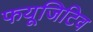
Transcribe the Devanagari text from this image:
फयूजिटिव